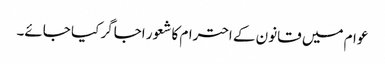
عوام میں قانون کے احترام کا شعور اجاگر کیا جائے۔